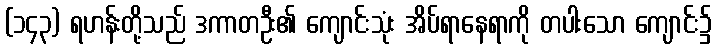
(၁၄၃) ရဟန်းတို့သည် ဒကာတဦး၏ ကျောင်းသုံး အိပ်ရာနေရာကို တပါးသော ကျောင်း၌